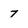
Character: 7